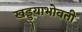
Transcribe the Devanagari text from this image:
खड्ड्याभोवती